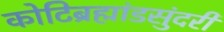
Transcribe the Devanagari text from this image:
कोटिब्रह्मांडसुंदरी